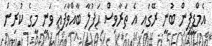
އެމްޑީޕީން ބުނީ ރޭގައި އެ ތަރާވިސް ޙަފުލާ ބާއްވާފައި ވަނީ މީގެ ކުރިން